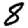
Digit: 8